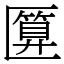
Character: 匴